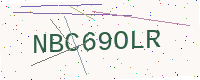
Text: NBC69OLR